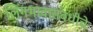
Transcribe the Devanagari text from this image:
लिंगभावासंबंधीचे